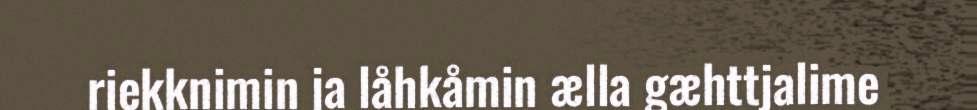
riekknimin ja låhkåmin ælla gæhttjalime